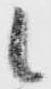
候